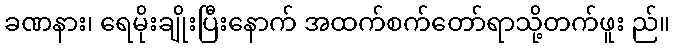
ခဏနား၊ ရေမိုးချိုးပြီးနောက် အထက်စက်တော်ရာသို့တက်ဖူး ည်။